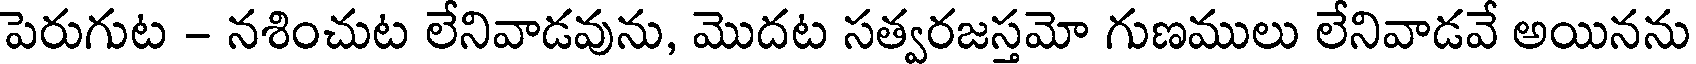
పెరుగుట - నశించుట లేనివాడవును, మొదట సత్వరజస్తమో గుణములు లేనివాడవే అయినను